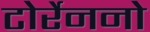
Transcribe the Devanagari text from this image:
टोर्रेननो